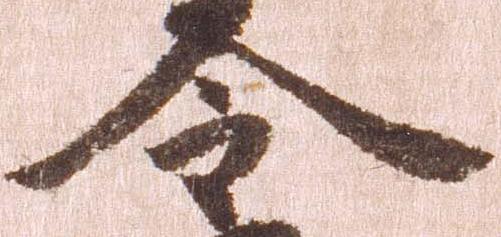
令